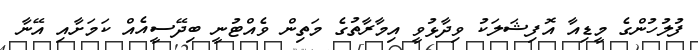
ފުލުހުންގެ މީޑިއާ އޮފިޝަލަކު ވިދާޅުވީ އިމާރާތުގެ މަތިން ވެއްޓުނީ ބިދޭސީއެއް ކަމަށާއި އޭނާ